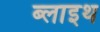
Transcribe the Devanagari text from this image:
ब्लाइथ